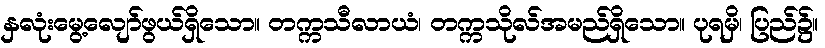
နှလုံးမွေ့လျော်ဖွယ်ရှိသော။ တက္ကသီလာယံ၊ တက္ကသိုလ်အမည်ရှိသော။ ပုရမှိ၊ ပြည်၌။